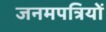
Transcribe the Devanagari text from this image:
जनमपत्रियों